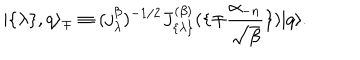
LaTeX: | \{ \lambda \} , q \rangle _ { \mp } \equiv ( j _ { \lambda } ^ { \beta } ) ^ { - 1 / 2 } J _ { \{ \lambda \} } ^ { ( \beta ) } ( \{ \mp { \frac { \alpha _ { - n } } { \sqrt { \beta } } } \} ) | q \rangle .